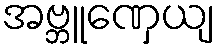
အဗ္ဘူဏှေယျ